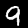
Digit: 9